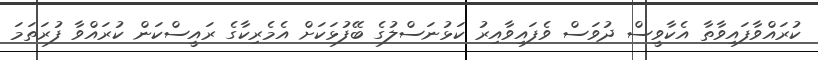
ކުރައްވާފައިވާތާ އެކާވީސް ދުވަސް ވެފައިވާއިރު ކަޅުނަސްލުގެ ބޭފުޅަކަށް އެމެރިކާގެ ރައީސްކަން ކުރައްވާ ފުރަތަމަ